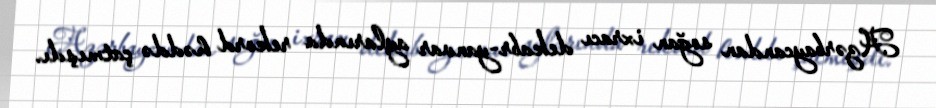
Azərbaycandan soğan ixracı dekabr-yanvar aylarında rekord həddə çatmışdı.